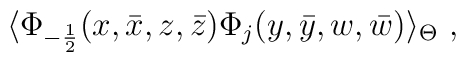
\langle \Phi_{-\frac{1}{2}} (x,\bar{x},z,\bar{z})   \Phi_{j} (y,\bar{y},w,\bar{w})  \rangle_{\Theta} ~,